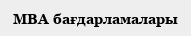
MBA бағдарламалары